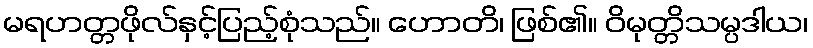
မရဟတ္တဖိုလ်နှင့်ပြည့်စုံသည်။ ဟောတိ၊ ဖြစ်၏။ ဝိမုတ္တိသမ္ပဒါယ၊